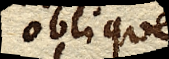
oblique